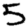
Digit: 5